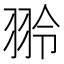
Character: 𫅤